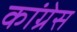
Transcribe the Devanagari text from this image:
कॊंग्रेस